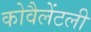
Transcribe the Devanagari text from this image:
कोवैलेंटली